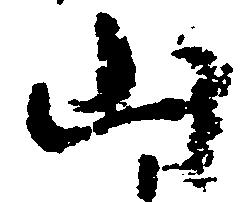
山